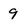
Character: 9